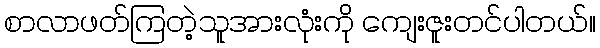
စာလာဖတ်ကြတဲ့သူအားလုံးကို ကျေးဇူးတင်ပါတယ်။